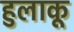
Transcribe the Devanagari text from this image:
हुलाकू